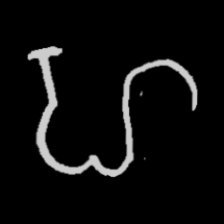
Pyu character \u2014 Myanmar letter: ဟ (romanized: ha)